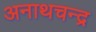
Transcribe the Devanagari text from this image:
अनाथचन्द्र